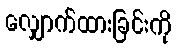
လျှောက်ထားခြင်းကို